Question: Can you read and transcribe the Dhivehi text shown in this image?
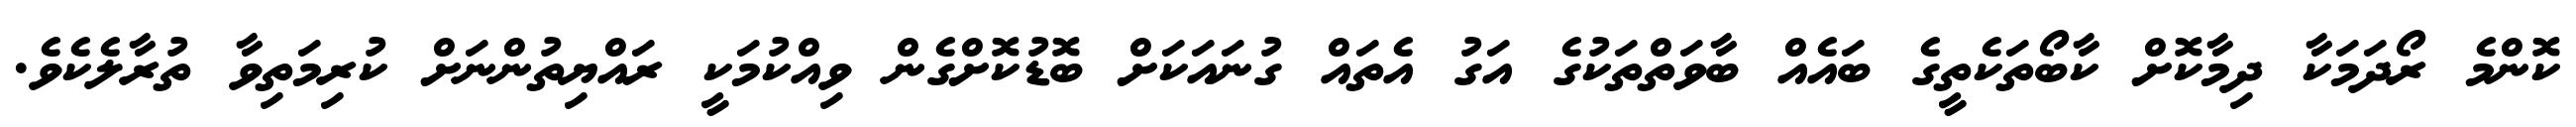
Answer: ކޮންމެ ރޯދަމަކާ ދިމާކޮށް ކާބޯތަކެތީގެ ބައެއް ބާވަތްތަކުގެ އަގު އެތައް ގުނައަކަށް ބޮޑުކޮށްގެން ވިއްކުމަކީ ރައްޔިތުންނަށް ކުރިމަތިވާ ތުރާލެކެވެ.